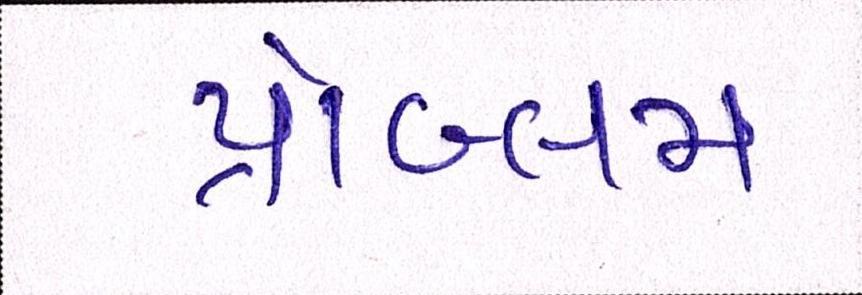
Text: પ્રૉબ્લમ